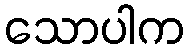
သောပါက